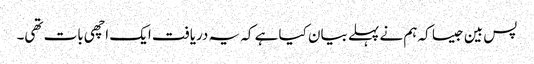
پس بین جیسا کہ ہم نے پہلے بیان کیا ہے کہ یہ دریافت ایک اچھی بات تھی۔